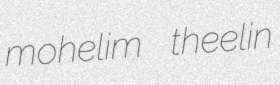
mohelim theelin